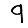
Digit: 9